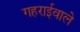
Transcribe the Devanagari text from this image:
गहराईवाले